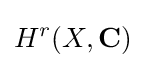
H^{r}(X,\mathbf {C} )